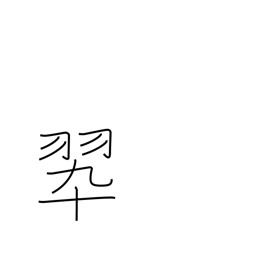
Meaning: color green